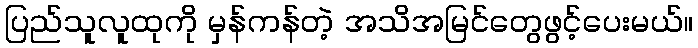
ပြည်သူလူထုကို မှန်ကန်တဲ့ အသိအမြင်တွေဖွင့်ပေးမယ်။